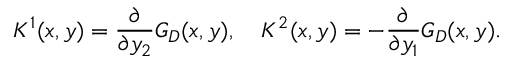
K ^ { 1 } ( x , y ) = \frac { \partial } { \partial y _ { 2 } } G _ { D } ( x , y ) , \quad K ^ { 2 } ( x , y ) = - \frac { \partial } { \partial y _ { 1 } } G _ { D } ( x , y ) .